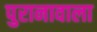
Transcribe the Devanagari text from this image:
पुरानावाला